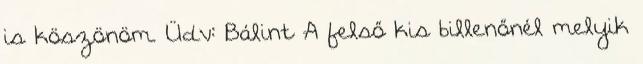
is köszönöm. Üdv: Bálint A felső kis billenőnél melyik